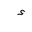
Letter: _hamza